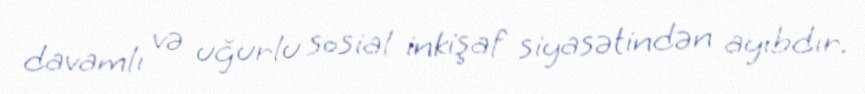
davamlı və uğurlu sosial inkişaf siyasətindən ayıbdır.